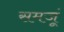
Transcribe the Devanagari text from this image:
समजूं